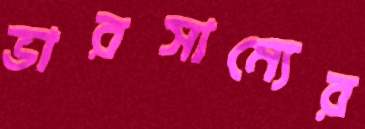
ভারসাম্যের